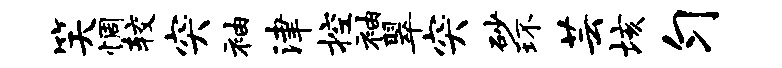
笑惆较突袖津控袖翠突砂环芸垓匀